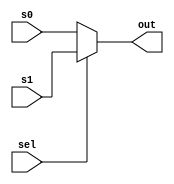
`timescale 1ns / 1ps


module muxpc
    #(parameter WIDTH = 8)
    (input wire [WIDTH-1:0] s0, s1,
     input wire sel,
     output wire [WIDTH-1:0] out);

assign out = sel? s1 : s0;

endmodule